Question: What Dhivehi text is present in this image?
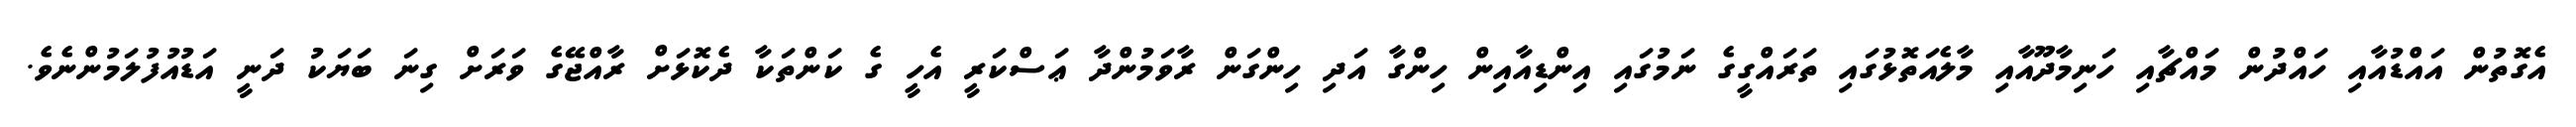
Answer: އެގޮތުން އައްޑުއާއި ހައްދުން މައްޗާއި ހަނިމާދޫއާއި މާލެއަތޮޅުގައި ތަރައްގީގެ ނަމުގައި އިންޑިއާއިން ހިންގާ އަދި ހިންގަން ރާވަމުންދާ ޢަސްކަރީ އެހީ ގެ ކަންތަކާ ދެކޮޅަށް ރާއްޖޭގެ ވަރަށް ގިނަ ބަޔަކު ދަނީ އަޑުއުފުލަމުންނެވެ.